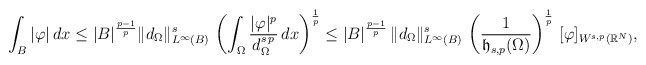
\begin{align*}\int_B |\varphi| \,dx&\le |B|^{\frac{p-1}{p}} \|d_\Omega\|_{L^{\infty}(B)}^{s} \, \left(\int_\Omega \frac{|\varphi|^p}{d_\Omega^{s\,p}}\,dx\right)^{\frac{1}{p}}\le |B|^{\frac{p-1}{p}} \,\|d_\Omega\|_{L^{\infty}(B)}^{s} \, \left(\frac{1}{\mathfrak{h}_{s,p}(\Omega)}\right)^{\frac{1}{p}}\,[\varphi]_{W^{s,p}(\mathbb{R}^N)},\end{align*}